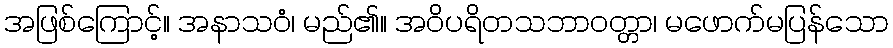
အဖြစ်ကြောင့်။ အနာသဝံ၊ မည်၏။ အဝိပရိတသဘာဝတ္တာ၊ မဖောက်မပြန်သော